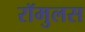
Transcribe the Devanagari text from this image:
रॉमुलस